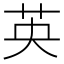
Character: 英